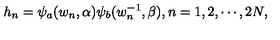
h _ { n } = \psi _ { a } ( w _ { n } , \alpha ) \psi _ { b } ( w _ { n } ^ { - 1 } , \beta ) , n = 1 , 2 , \cdots , 2 N ,